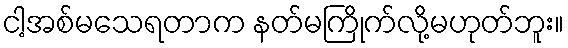
ငါ့အစ်မသေရတာက နတ်မကြိုက်လို့မဟုတ်ဘူး။